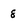
Character: 8